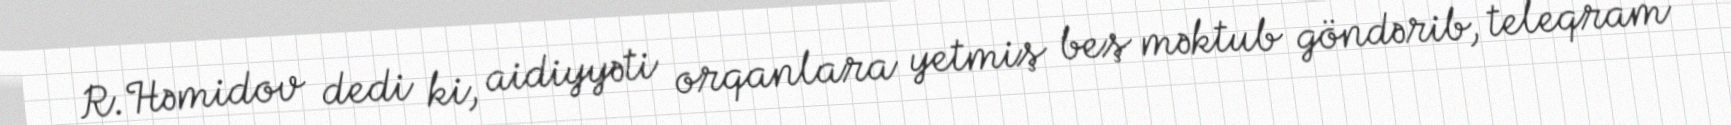
R.Həmidov dedi ki, aidiyyəti orqanlara yetmiş beş məktub göndərib, teleqram